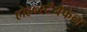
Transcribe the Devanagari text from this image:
होहर्न्स्टॅयैफेन